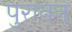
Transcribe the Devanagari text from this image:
पुरानन